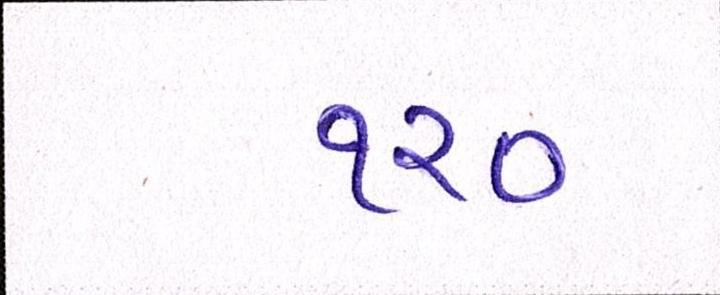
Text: ૧૨૦